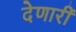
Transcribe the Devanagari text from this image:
देणारीं